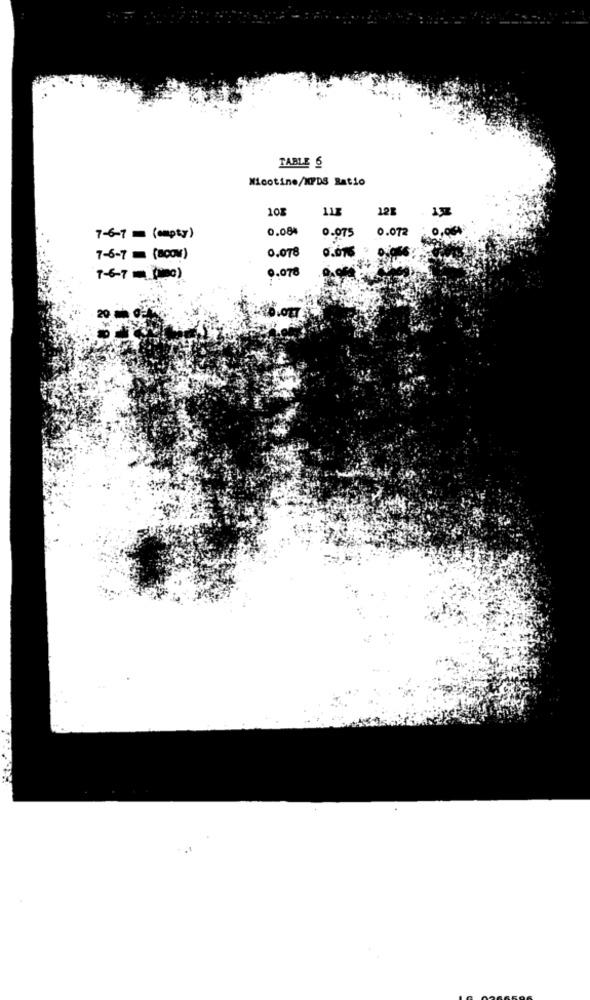
TABLE 6
Nicotine/XPDS Ratio
108
123
0.084
0.075
0.072
7-6-7 m (empty)
0.078
0.616
7-6-7 (800M)
0.078
.0,000
7-6-7 (0)
20